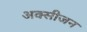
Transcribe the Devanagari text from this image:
अक्‍सीजन